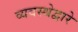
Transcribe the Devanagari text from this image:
व्यवस्थेद्वारे